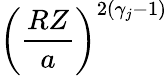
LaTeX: \left(\frac{RZ}{a}\right)^{2(\gamma_{j}-1)}